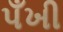
પઁખી